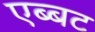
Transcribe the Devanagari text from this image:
एब्बट